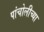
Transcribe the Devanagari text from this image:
पांचोलीच्या